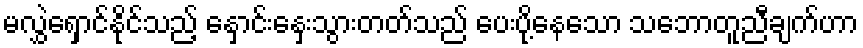
မလွှဲရှောင်နိုင်သည့် နှောင်းနှေးသွားတတ်သည် ပေးပို့နေသော သဘောတူညီချက်ဟာ